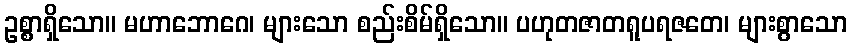
ဥစ္စာရှိသော။ မဟာဘောဂေ၊ များသော စည်းစိမ်ရှိသော။ ပဟုတဇာတရူပရဇတေ၊ များစွာသော